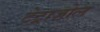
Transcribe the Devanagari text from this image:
टेट्राज़ोल